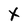
Character: X